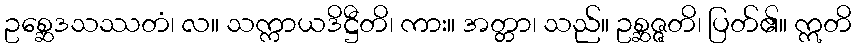
ဥစ္ဆေဒသဿတံ၊ လ။ သက္ကာယဒိဋ္ဌီတိ၊ ကား။ အတ္တာ၊ သည်။ ဥစ္ဆဇ္ဇတိ၊ ပြတ်၏။ ဣတိ